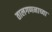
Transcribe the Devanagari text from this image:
तालगणनाच्या